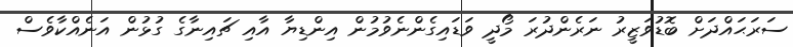
ސަރަޙައްދަށް ބޮޑުވަޒީރު ނަރެންދުރަ މޯދީ ވަޑައިގެންނެވުމުން އިންޑިޔާ އާއި ޗައިނާގެ ގުޅުން އަނެއްކާވެސް